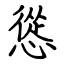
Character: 慫